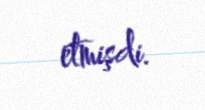
etmişdi.